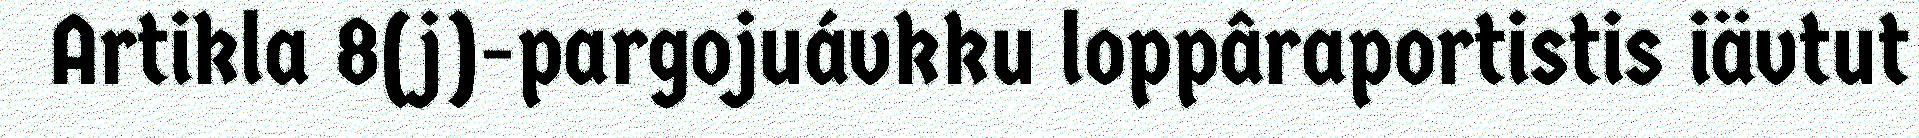
Artikla 8(j)-pargojuávkku loppâraportistis iävtut